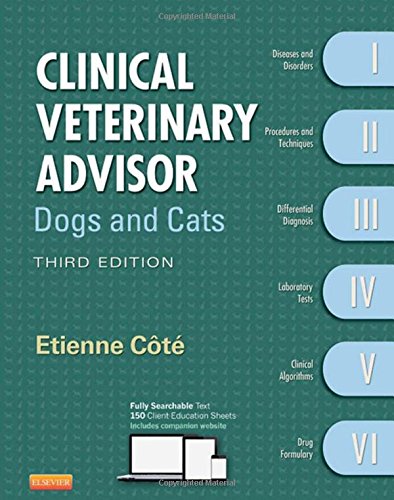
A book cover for Clinical Veterinary Advisor: Dogs and Cats, 3e; Etienne Cote; Medical Books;